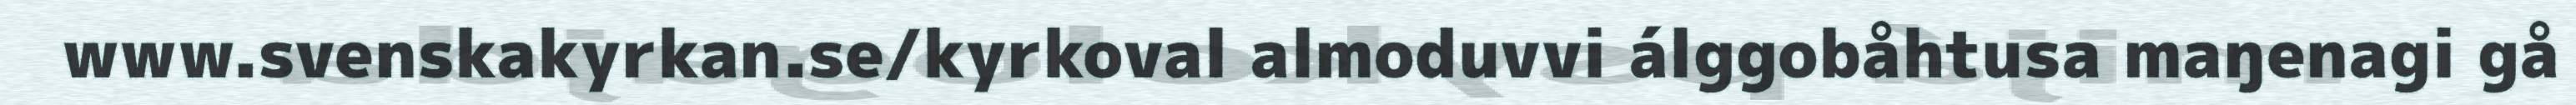
www.svenskakyrkan.se/kyrkoval almoduvvi álggobåhtusa maŋenagi gå